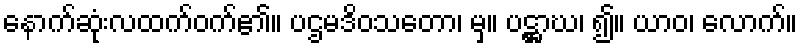
နောက်ဆုံးလထက်ဝက်၏။ ပဌမဒိဝသတော၊ မှ။ ပဋ္ဌာဃ၊ ၍။ ယာဝ၊ လောက်။